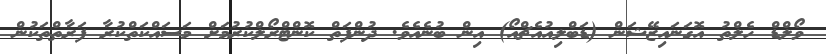
ވޯލްޑް ހެލްތު އޮގަނައިޒޭޝަން (ޑަބްލިއުއެޗްއޯ) އިން ބުނެއެވެ. ދުންފަތް ކޮންޓްރޯލްކުރުމަށް މަސައްކަތްކުރާ ފަރާތްތަކުން